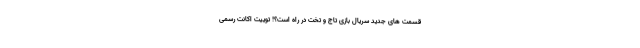
قسمت های جدید سریال بازی تاج ‌و ‌تخت در راه است؟! توییت اکانت رسمی